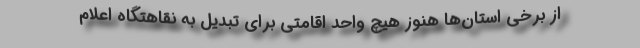
از برخی استان‌ها هنوز هیچ واحد اقامتی برای تبدیل به نقاهتگاه اعلام